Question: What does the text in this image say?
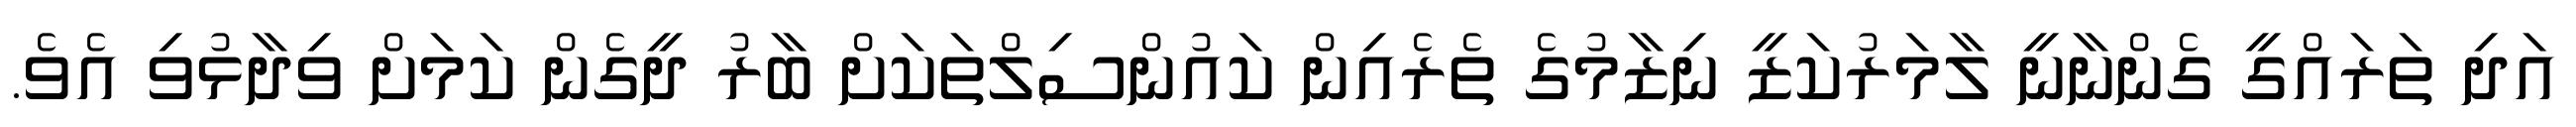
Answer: އަދި ތަރައްގީ ގެންނާނީ ލާމަރުކަޒީ ނިޒާމުގެ ތެރެއިން ކައުންސިލްތަކަށް ބާރު ދީގެން ކަމަށް ވިދާޅުވި އެވެ.